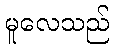
မူလေသည်